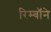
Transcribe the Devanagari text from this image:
रिम्बॉने